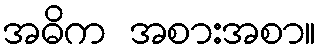
အဓိက အစားအစာ။